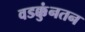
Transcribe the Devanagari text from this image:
वडक्कुंनतन